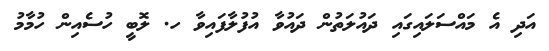
އަދި އެ މައްސަލައިގައި ދައުލަތުން ދައުވާ އުފުލާފައިވާ ހ. ލޮބީ ހުސެއިން ހުމާމު